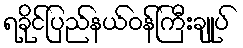
ရခိုင်ပြည်နယ်ဝန်ကြီးချုပ်